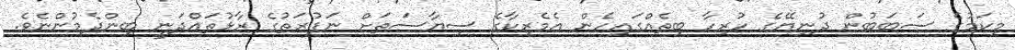
މިކަމުގެ ސަބަބުން ދުނިޔޭގެ ހުރިހާ ބިތެއްގައިހެން އެމެރިކާގެ ސިޔާސަތަށް ނަފުރަތުގެ ރާޅުތައްދަނީ ބިންދެމުންނެވެ.